Report on lock hospitals in British Burma
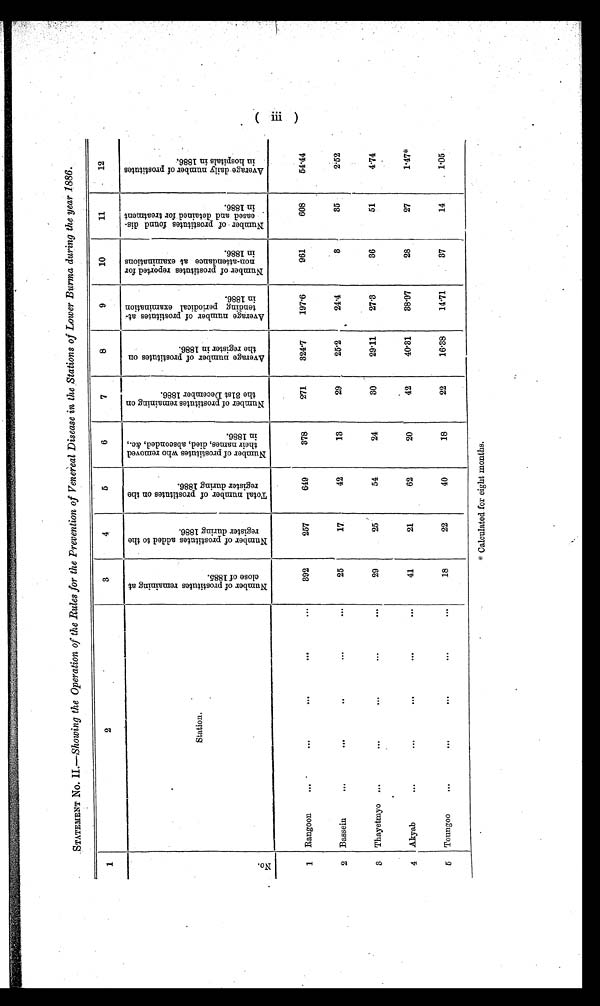
STATEMENT No. II.-Showing the Operation of the Rules for the Prevention of Venereal Disease in the Stations of Lower Burma during the year 1886.
1
2
3
4
5
6
7
8
9
10
11
12
O
Z
.
Station.
.
N u m b e r o f p r o s t i t u t e s r e m a i n i n g a t c l o s e o f 1 8 8 5 . .
N u m b e r o f p r o s t i t u t e s a d d e d t o t h e r e g i s t e r d u r i n g 1 8 8 6 .
T o t a l n u m b e r o f p r o s t i t u t e s o n t h e r e g i s t e r d u r i n g 1 8 8 6 .
N u m b e r o f p r o s t i t u t e s w h o r e m o v e d t h e i r n a m e s , d i e d , a b s c o n d e d , & c . , i n 1 8 8 6 . .
N u m b e r o f p r o s t i t u t e s r e m a i n i n g o n t h e 3 1 s t D e c e m b e r 1 8 8 6 .
A v e r a g e n u m b e r o f p r o s t i t u t e s o n t h e r e g i s t e r i n 1 8 8 6 A v e r a g e n u m b e r o f p r o s t i t u t e s a t t e n d i n g p e r i o d i c a l e x a m i n a t i o n i n 1 8 8 6 .
N u m b e r o f p r o s t i t u t e s r e p o r t e d f o r n o n - a t t e n d a n c e a t e x a m i n a t i o n s i n 1 8 8 6 .
N u m b e r o f p r o s t i t u t e s f o u n d d i s e a s e d a n d d e t a i n e d f o r t r e a t m e n t i n 1 8 8 6 .
A v e r a g e d a i l y n u m b e r o f p r o s t i t u t e s i n h o s p i t a l s i n 1 8 8 6
1
Rangoon
....
...
...
...
. . .
392
257
649
378
271
3247
197.6
961
608
54.44
2
Bassein
. 8 .
I I 4 .
e . .
. . 6
25
17
42
13
29
25'2
24.4
.
3
35
2.52
3
Thayetmy o ...
. . .
. . .
. . .
29
25
54
24
30
29.11
27.3
36
51
4.74
4
Akyab
...
. . .
. . .
. . .
. . .
41
21
62
20
42
40.31
38.97
28
27
1.47*
6
Toungoo
11
I
. . . .
. . .
. . .
18
22
40
18
22
16.38
14.71
37
14
. 1'05.
* Calculated for eight months.
"rm.,
in ...
N.
r.
...n...